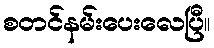
စတင်နမ်းပေးလေပြီ။